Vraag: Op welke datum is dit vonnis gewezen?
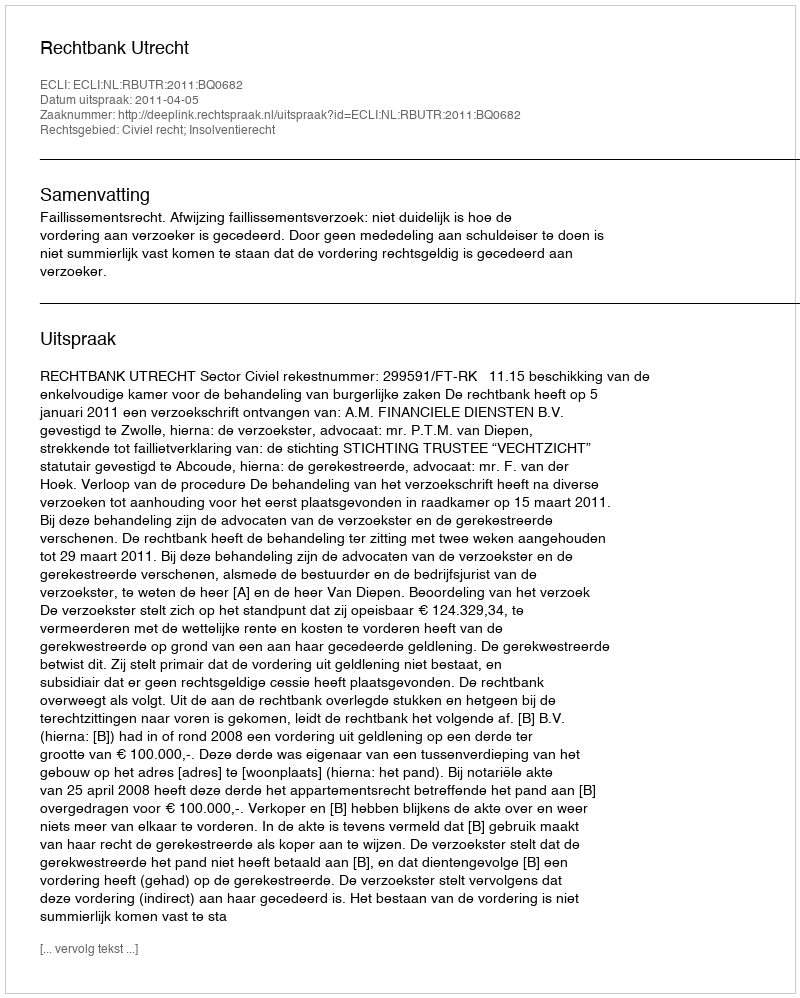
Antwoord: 2011-04-05